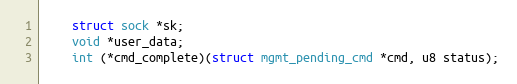
Language: C
	struct sock *sk;
	void *user_data;
	int (*cmd_complete)(struct mgmt_pending_cmd *cmd, u8 status);